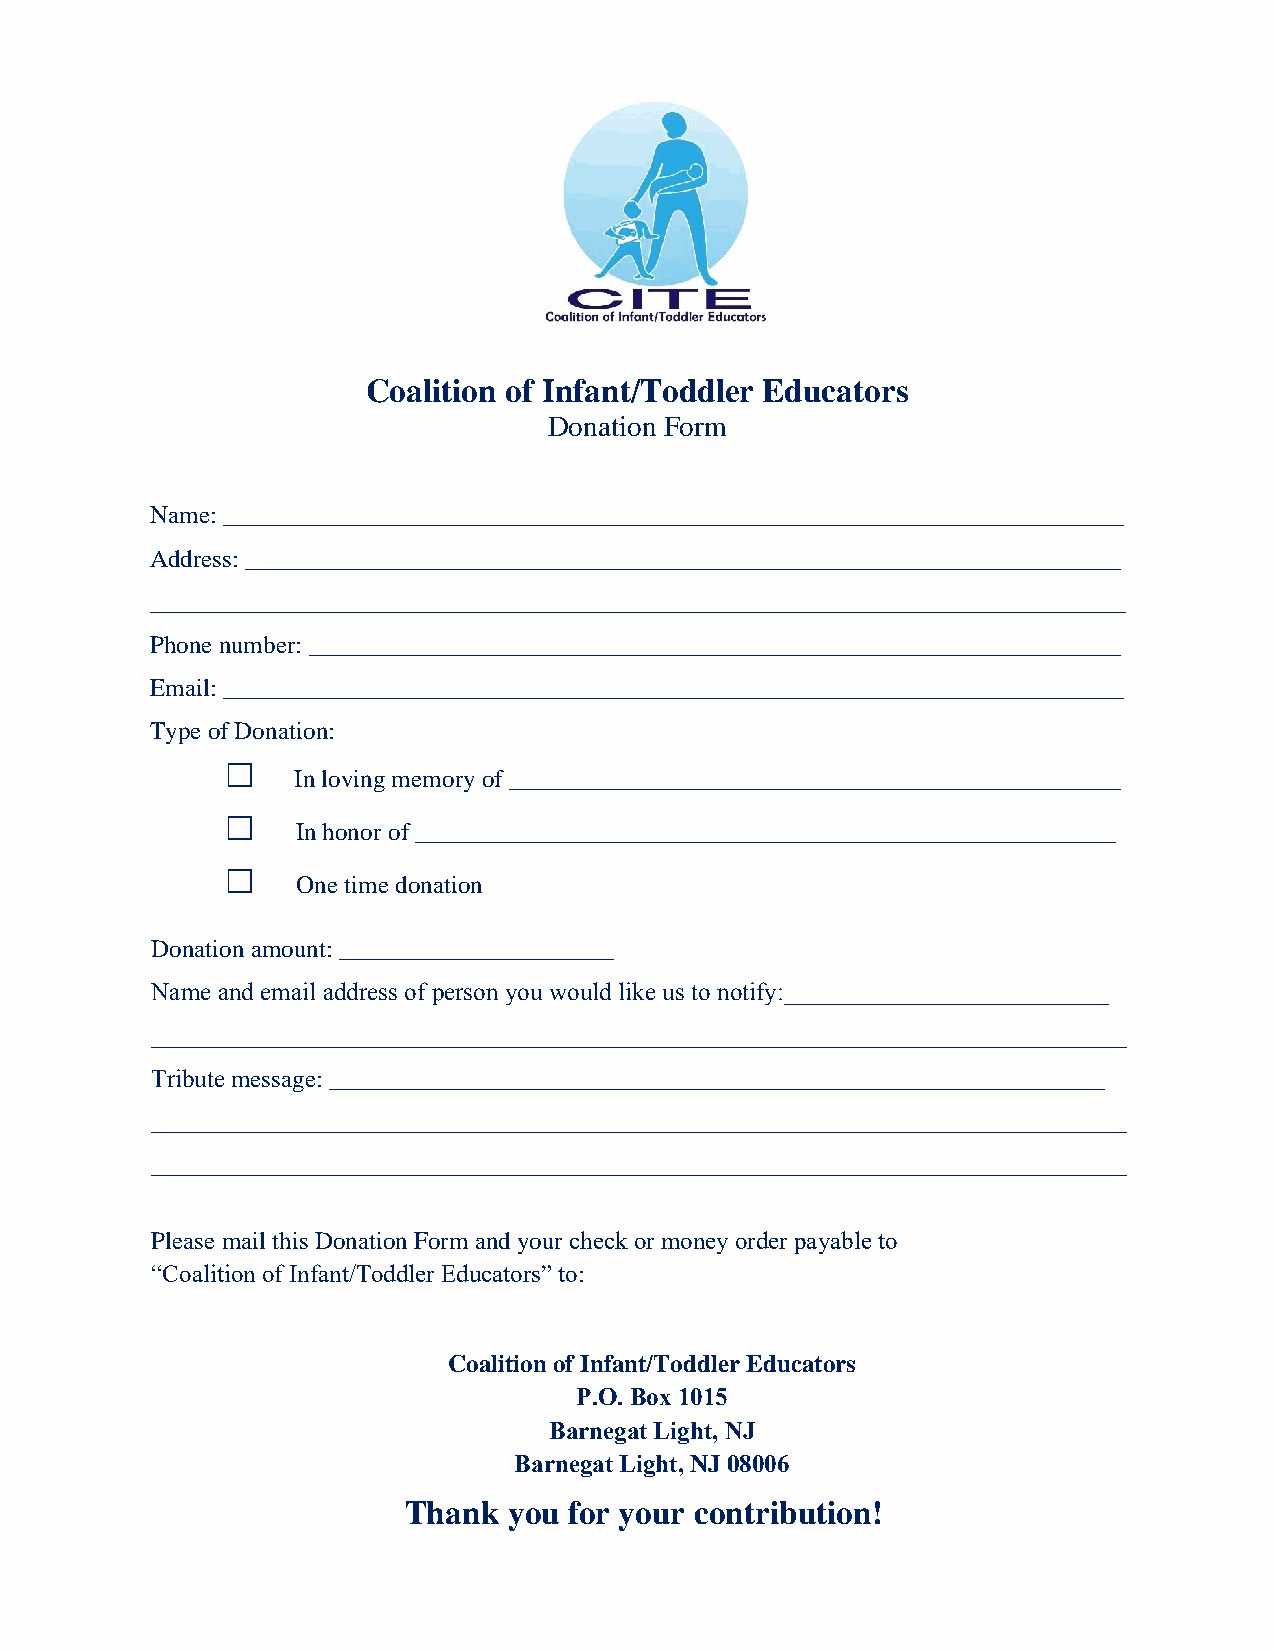
Coalition of Infant/Toddler Educators
 Donation Form
 Name: ________________________________________________________________________
 Address: ______________________________________________________________________
 ______________________________________________________________________________
 Phone number: _________________________________________________________________
 Email: ________________________________________________________________________
 Type of Donation:
 
 In loving memory of _________________________________________________
 
 In honor of ________________________________________________________
 
 One time donation
 Donation amount: ______________________
 Name and email address of person you would like us to notify:__________________________
 ______________________________________________________________________________
 Tribute message: ______________________________________________________________
 ______________________________________________________________________________
 ______________________________________________________________________________
 Please mail this Donation Form and your check or money order payable to
 “Coalition of Infant/Toddler Educators” to:
 Coalition of Infant/Toddler Educators
 P.O. Box 1015
 Barnegat Light, NJ
 Barnegat Light, NJ 08006
 Thank  you for your contribution!